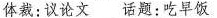
体裁:议论文 话题:吃早饭